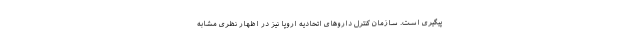
پیگیری است. سازمان کنترل داروهای اتحادیه اروپا نیز در اظهار نظری مشابه